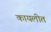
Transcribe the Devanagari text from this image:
कायलीत